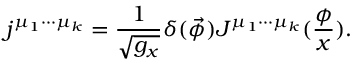
j ^ { \mu _ { 1 } \cdot \cdot \cdot \mu _ { k } } = \frac 1 { \sqrt { g _ { x } } } \delta ( \vec { \phi } ) J ^ { \mu _ { 1 } \cdot \cdot \cdot \mu _ { k } } ( \frac \phi x ) .